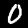
Digit: 0